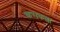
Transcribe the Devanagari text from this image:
कराकल्ला